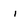
Character: i